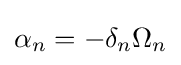
\alpha _{n}=-\delta _{n}\Omega _{n}